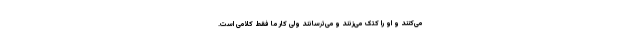
می‌کنند و او را کتک می‌زنند و می‌ترسانند ولی کار ما فقط کلامی است.